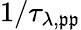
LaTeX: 1/\tau_{\lambda,\mathfrak{p}\mathfrak{p}}